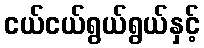
ငယ်ငယ်ရွယ်ရွယ်နှင့်